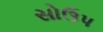
સોઉપ